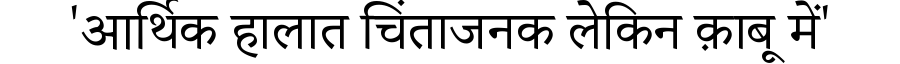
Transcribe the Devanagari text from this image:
'आर्थिक हालात चिंताजनक लेकिन क़ाबू में'